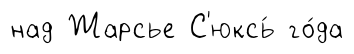
над Жарсье С'юксь́ го́да